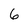
Character: 6